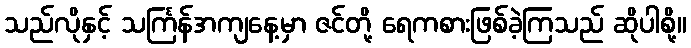
သည်လိုနှင့် သင်္ကြန်အကျနေ့မှာ ဇင်တို့ ရေကစားဖြစ်ခဲ့ကြသည် ဆိုပါစို့။